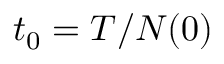
t _ { 0 } = T / N ( 0 )